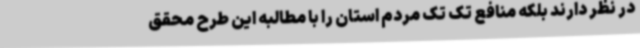
در نظر دارند بلکه منافع تک تک مردم استان را با مطالبه این طرح محقق